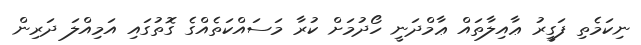
ނިކަމެތި ފަގީރު ޢާއިލާތައް ޢާމްދަނީ ހޯދުމަށް ކުރާ މަސައްކަތެއްގެ ގޮތުގައި އަމިއްލަ ދަރިން